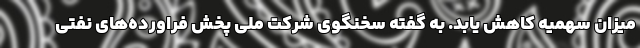
میزان سهمیه کاهش یابد. به گفته سخنگوی شرکت ملی پخش فراورده‌های نفتی